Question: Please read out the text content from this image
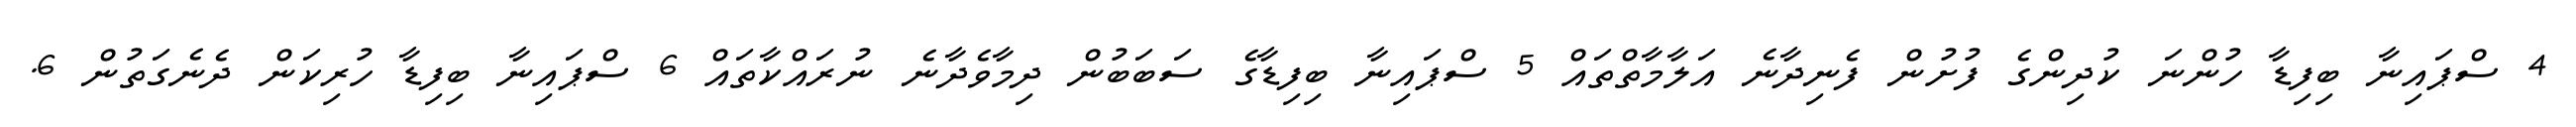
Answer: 4 ސްޕައިނާ ބިފިޑާ ހުންނަ ކުދިންގެ ފުށުން ފެނިދާނެ އަލާމާތްތައް 5 ސްޕައިނާ ބިފިޑާގެ ސަބަބުން ދިމާވެދާނެ ނުރައްކާތައް 6 ސްޕައިނާ ބިފިޑާ ހުރިކަން ދެނެގަތުން 6.